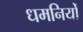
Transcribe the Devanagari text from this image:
धमनियोँ